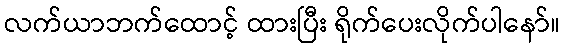
လက်ယာဘက်ထောင့် ထားပြီး ရိုက်ပေးလိုက်ပါနော်။